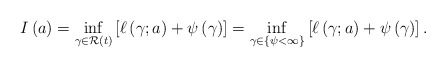
\begin{align*}I \left( a \right) = \inf_{\gamma \in \mathcal{R} \left( t \right)} \left[ \ell \left( \gamma ; a \right) + \psi \left( \gamma \right) \right] = \inf_{\gamma \in \left\lbrace \psi < \infty \right\rbrace} \left[ \ell \left( \gamma ; a \right) + \psi \left( \gamma \right) \right]. \end{align*}